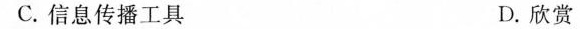
C. 信息传播工具 D. 欣赏